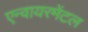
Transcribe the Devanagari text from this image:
एन्वायरमेंटल